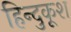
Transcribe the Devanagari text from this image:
हिन्दुकूश